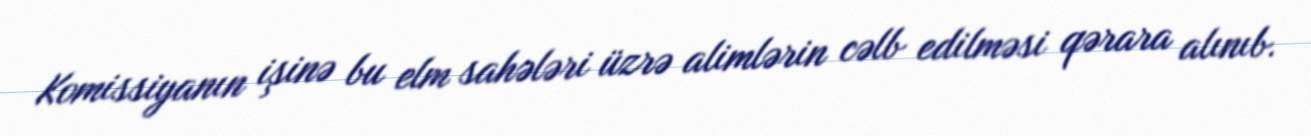
Komissiyanın işinə bu elm sahələri üzrə alimlərin cəlb edilməsi qərara alınıb.